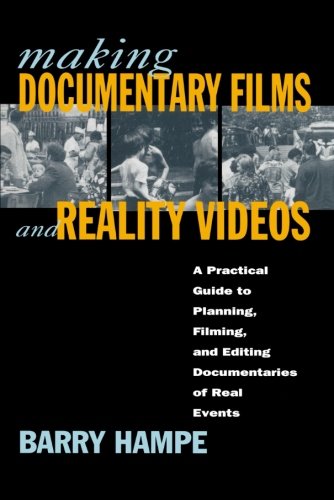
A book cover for Making Documentary Films and Reality Videos: A Practical Guide to Planning, Filming, and Editing Documentaries of Real Events; Barry Hampe; Humor & Entertainment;